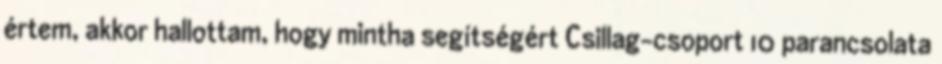
értem, akkor hallottam, hogy mintha segítségért Csillag-csoport 10 parancsolata